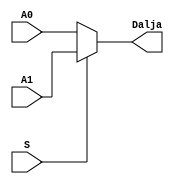
`timescale 1ns / 1ps
//////////////////////////////////////////////////////////////////////////////////
// Company: 
// Engineer: 
// 
// Design Name: 
// Module Name: mux2ne1
// Project Name: 
// Target Devices: 
// Tool Versions: 
// Description: 
// 
// Dependencies: 
// 
// Revision:
// Revision 0.01 - File Created
// Additional Comments:
// 
//////////////////////////////////////////////////////////////////////////////////


module mux2ne1(
 input A0,
 input A1,
 input S,
 output Dalja
    );
    
assign Dalja = S ? A1 : A0;
endmodule